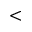
<